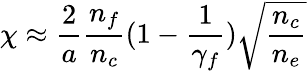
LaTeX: \chi\approx\frac{2}{a}\frac{n_{f}}{n_{c}}(1-\frac{1}{\gamma_{f}})\sqrt{\frac{n_{c}}{n_{e}}}